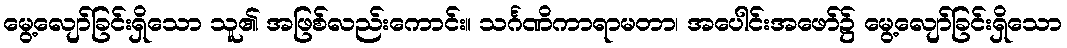
မွေ့လျော်ခြင်းရှိသော သူ၏ အဖြစ်လည်းကောင်း။ သင်္ဂဏိကာရာမတာ၊ အပေါင်းအဖော်၌ မွေ့လျော်ခြင်းရှိသော